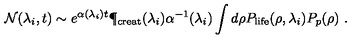
{ \cal N } ( \lambda _ { i } , t ) \sim e ^ { \alpha ( \lambda _ { i } ) t } \P _ { \mathrm { c r e a t } } ( \lambda _ { i } ) \alpha ^ { - 1 } ( \lambda _ { i } ) \int d \rho P _ { \mathrm { l i f e } } ( \rho , \lambda _ { i } ) P _ { p } ( \rho ) \ .